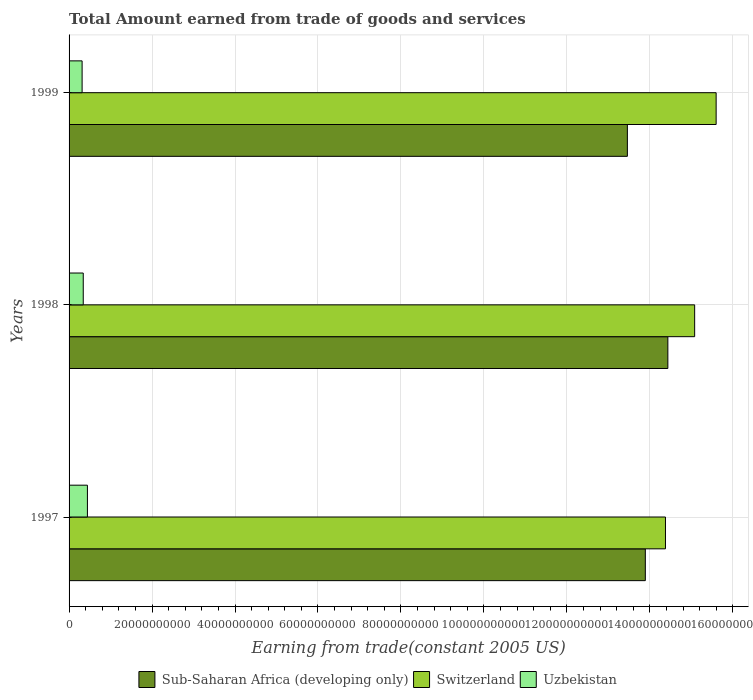
| Years | Sub-Saharan Africa (developing only) | Switzerland | Uzbekistan |
 | --- | --- | --- | --- |
 | 1997 | 1.39e+11 | 1.44e+11 | 4.42e+09 |
 | 1998 | 1.44e+11 | 1.51e+11 | 3.42e+09 |
 | 1999 | 1.35e+11 | 1.56e+11 | 3.14e+09 |